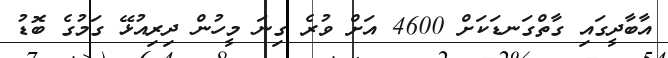
އާބާދީގައި ގާތްގަނޑަކަށް 4600 އަށް ވުރެ ގިނަ މީހުން ދިރިއުޅޭ ގަމުގެ ބޮޑު